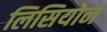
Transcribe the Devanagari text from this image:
लिसियोन